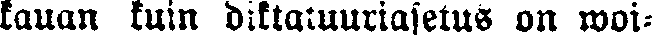
kauan kuin diktatuuriasetus on woi-